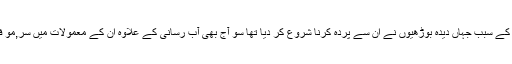
انہی مشاغل کے سبب جہاں دیدہ بوڑھیوں نے ان سے پردہ کرنا شروع کر دیا تھا سو آج بھی آب رسانی کے علاوہ ان کے معمولات میں سر,مو فرق نہیں آیا۔